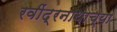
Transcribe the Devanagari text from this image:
रवींद्रनाथाच्या